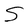
Character: S